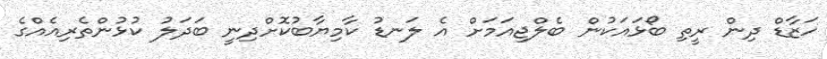
ހަޒާޑް ދިން ރީތި ބޯޅައަކުން ބެލްޖިއަމަށް އެ ލަނޑު ކާމިޔާބުކޮށްދިނީ ބަދަލު ކުޅުންތެރިއެއްގެ